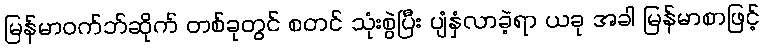
မြန်မာဝက်ဘ်ဆိုက် တစ်ခုတွင် စတင် သုံးစွဲပြီး ပျံနှံလာခဲ့ရာ ယခု အခါ မြန်မာစာဖြင့်